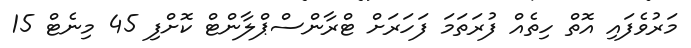
މަރުވެފައި އޮތް ހިތެއް ފުރަތަމަ ފަހަރަށް ޓްރާންސްޕްލާންޓް ކޮށްފި 45 މިނެޓް 15